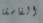
الفاسقة